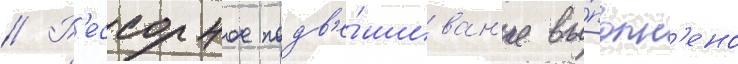
// Р'ессорное подв'е́шиван'ие вы́полн'ено